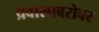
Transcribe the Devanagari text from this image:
प्रवासाबरोबर